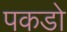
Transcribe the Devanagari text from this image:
पकडो